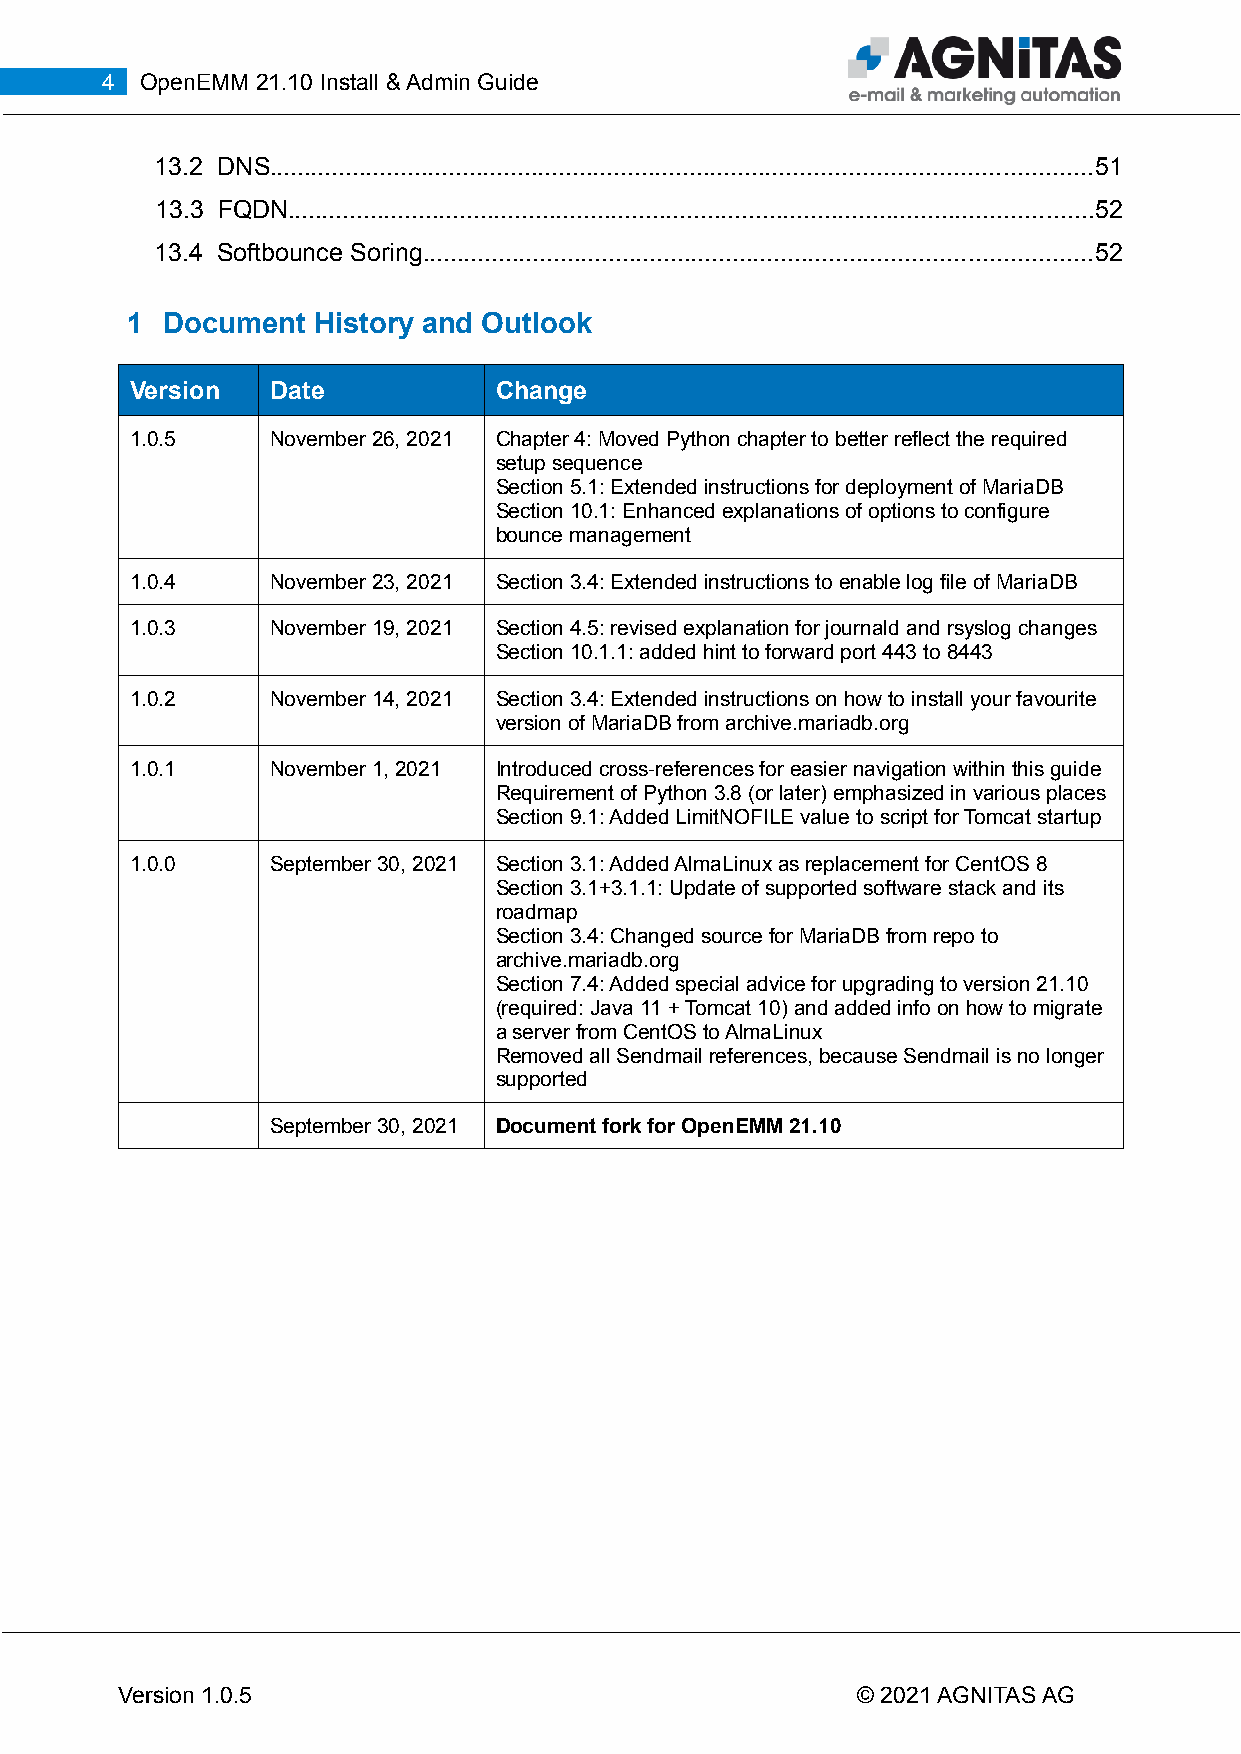
4 OpenEMM 21.10 Install & Admin Guide
 13.2 DNS.......................................................................................................................51
 13.3 FQDN.....................................................................................................................52
 13.4 Softbounce Soring.................................................................................................52
 1  Document  History and Outlook
 Version  Date           Change
 1.0.5    November 26, 2021 Chapter 4: Moved Python chapter to better reflect the required
 setup sequence
 Section 5.1: Extended instructions for deployment of MariaDB
 Section 10.1: Enhanced explanations of options to configure
 bounce management
 1.0.4    November 23, 2021 Section 3.4: Extended instructions to enable log file of MariaDB
 1.0.3    November 19, 2021 Section 4.5: revised explanation for journald and rsyslog changes
 Section 10.1.1: added hint to forward port 443 to 8443
 1.0.2    November 14, 2021 Section 3.4: Extended instructions on how to install your favourite
 version of MariaDB from archive.mariadb.org
 1.0.1    November 1, 2021 Introduced cross-references for easier navigation within this guide
 Requirement of Python 3.8 (or later) emphasized in various places
 Section 9.1: Added LimitNOFILE value to script for Tomcat startup
 1.0.0    September 30, 2021 Section 3.1: Added AlmaLinux as replacement for CentOS 8
 Section 3.1+3.1.1: Update of supported software stack and its
 roadmap
 Section 3.4: Changed source for MariaDB from repo to
 archive.mariadb.org
 Section 7.4: Added special advice for upgrading to version 21.10
 (required: Java 11 + Tomcat 10) and added info on how to migrate
 a server from CentOS to AlmaLinux
 Removed all Sendmail references, because Sendmail is no longer
 supported
 September 30, 2021 Document fork for OpenEMM 21.10
 Version 1.0.5                                    © 2021 AGNITAS AG